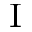
^ \mathrm { I }